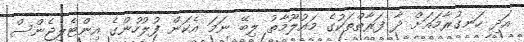
އަދި ހަނގުރާމައަށް ދާ ފަރާތްތަކުގެ މައުލޫމާތު ލިބޭ ނަމަ އެކަން ފުލުހުންގެ އިންޓެލިޖެންސް